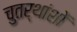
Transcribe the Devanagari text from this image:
चुतर्थांशों